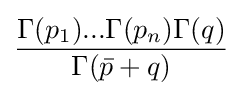
{\frac {\Gamma (p_{1})...\Gamma (p_{n})\Gamma (q)}{\Gamma ({\bar {p}}+q)}}